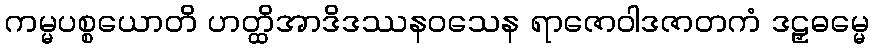
ကမ္မပစ္စယောတိ ဟတ္ထိအာဒိဒဿနဝသေန ရာဇောဝါဒဇာတကံ ဒဠှဓမ္မေ